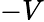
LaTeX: -V